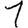
Digit: 1